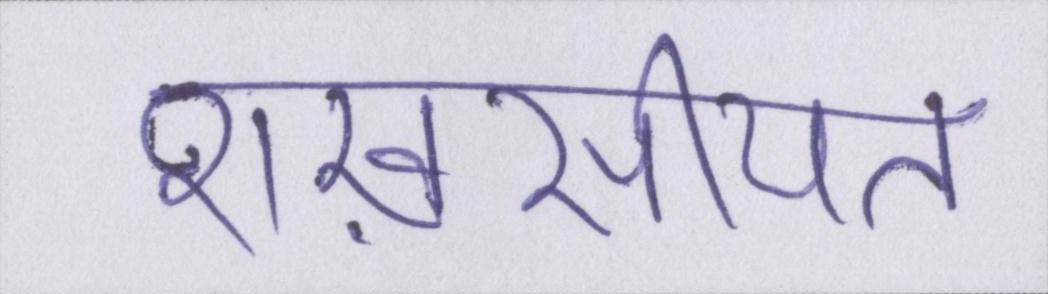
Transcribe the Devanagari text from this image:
शख़सीयत